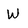
Character: W